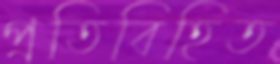
প্রতিবিহিত